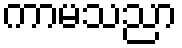
ကာမသညာ